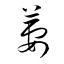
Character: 萋